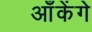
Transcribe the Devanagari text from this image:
आँकेंगे